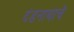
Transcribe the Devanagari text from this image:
दंडनाथाचे